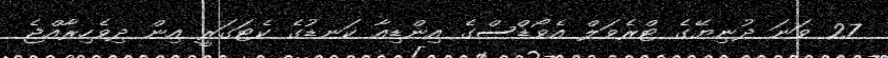
27 ވަނަ ދުނިޔޭގެ ޓްރެވަލް އެވޯޑްސްގެ އިންޑިއާ ކަނޑުގެ ކެޓަގަރީ އިން ދިވެހިރާއްޖެ